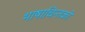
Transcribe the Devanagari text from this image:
भाषाचिन्तकों